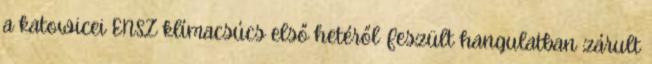
a katowicei ENSZ klímacsúcs első hetéről Feszült hangulatban zárult